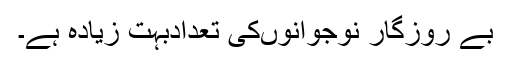
بے روزگار نوجوانوںکی تعدادبہت زیادہ ہے۔